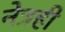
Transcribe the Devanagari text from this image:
नेत्रही